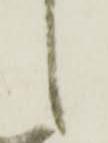
之